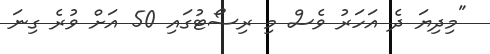
"މިދިޔަ ދެ އަހަރު ވެސް މި ރިސޯޓުގައި 50 އަށް ވުރެ ގިނަ